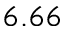
6 . 6 6